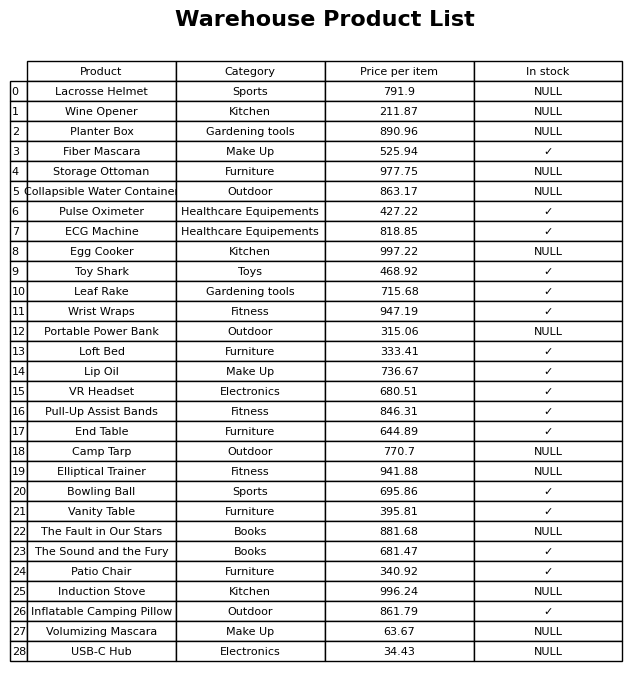
question: What is the price for Lacrosse Helmet?
answer: The price of Lacrosse Helmet is 791.9.